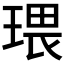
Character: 𤧖